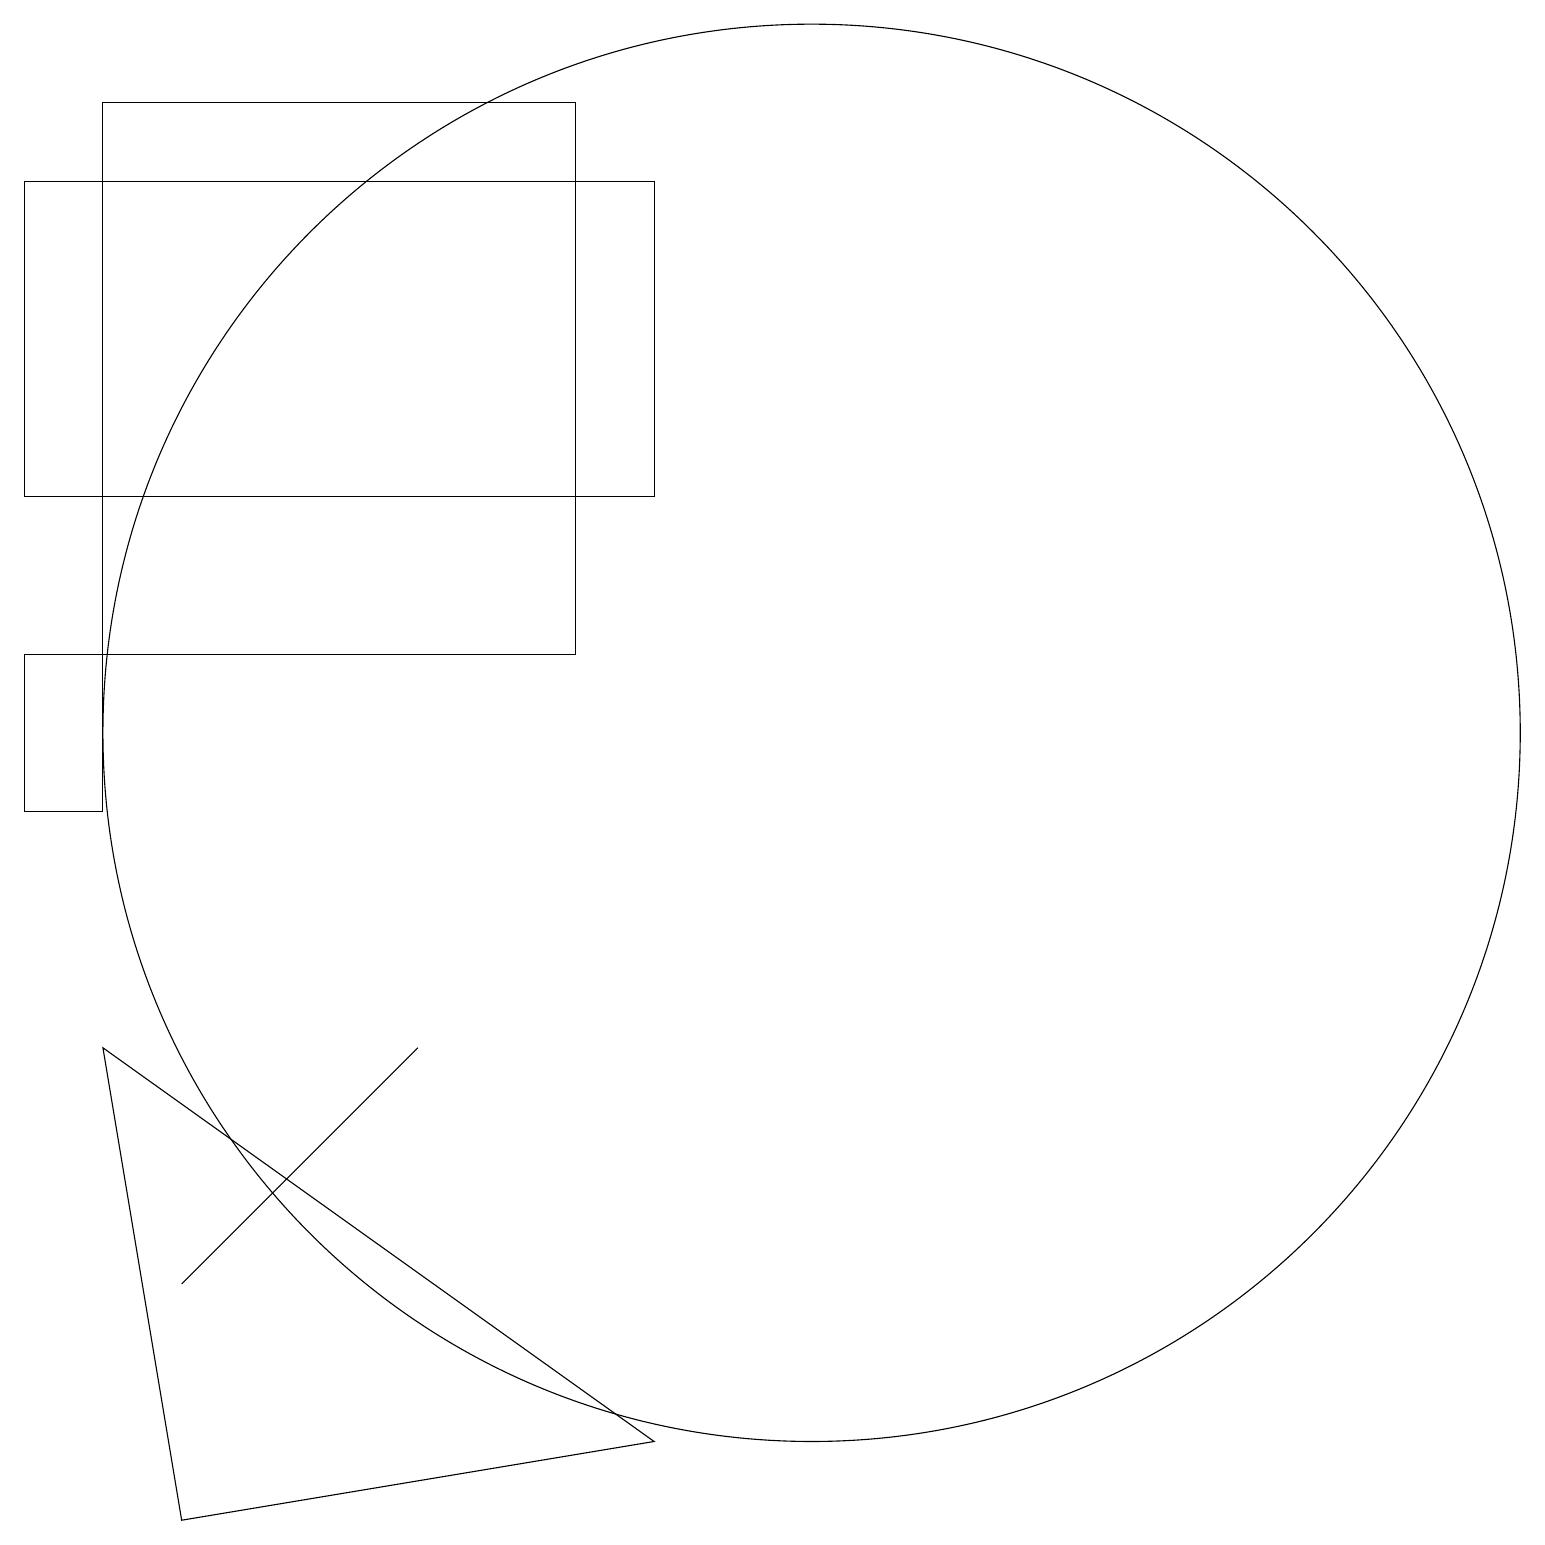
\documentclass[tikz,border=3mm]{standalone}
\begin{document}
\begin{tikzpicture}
\draw (1,14) rectangle (9,18);
\draw (8,12) rectangle (2,19);
\draw (5,14) rectangle (8,14);
\draw (4,5) -- (6,7) -- (3,4) -- cycle;
\draw (11,11) circle (9);
\draw (2,12) rectangle (1,10);
\draw (9,2) -- (2,7) -- (3,1) -- cycle;
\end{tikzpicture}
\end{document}